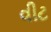
વીટ